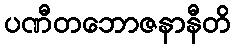
ပဏီတဘောဇနာနီတိ